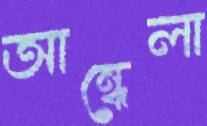
আন্ধেলা